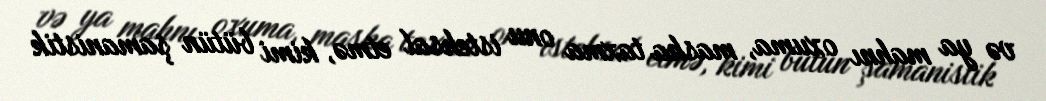
və ya mahnı oxuma, maska taxma onu istehsal etmə, kimi bütün şamanistik